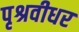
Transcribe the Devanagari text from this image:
पृश्रवीधर